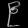
Digit: ၉